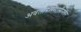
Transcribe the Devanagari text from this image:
अवतारसमाप्तीनंतर